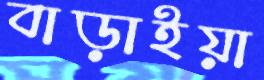
বাড়াইয়া